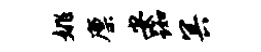
姚廪安踟冥